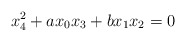
\begin{align*}x_4^2+ax_0x_3+bx_1x_2=0\end{align*}